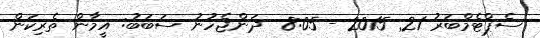
ސެޕްޓެމްބަރު 21